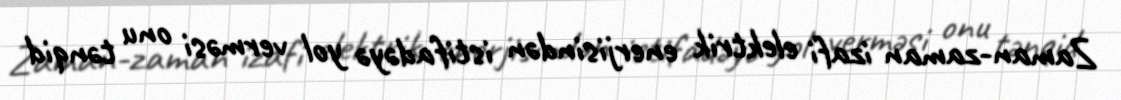
Zaman-zaman izafi elektrik enerjisindən istifadəyə yol verməsi onu tənqid